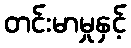
တင်းမာမှုနှင့်